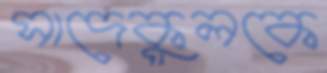
সাদেকুলকে